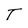
Character: T